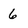
Character: 6